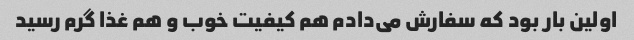
اولین بار بود که سفارش می‌دادم هم کیفیت خوب و هم غذا گرم رسید